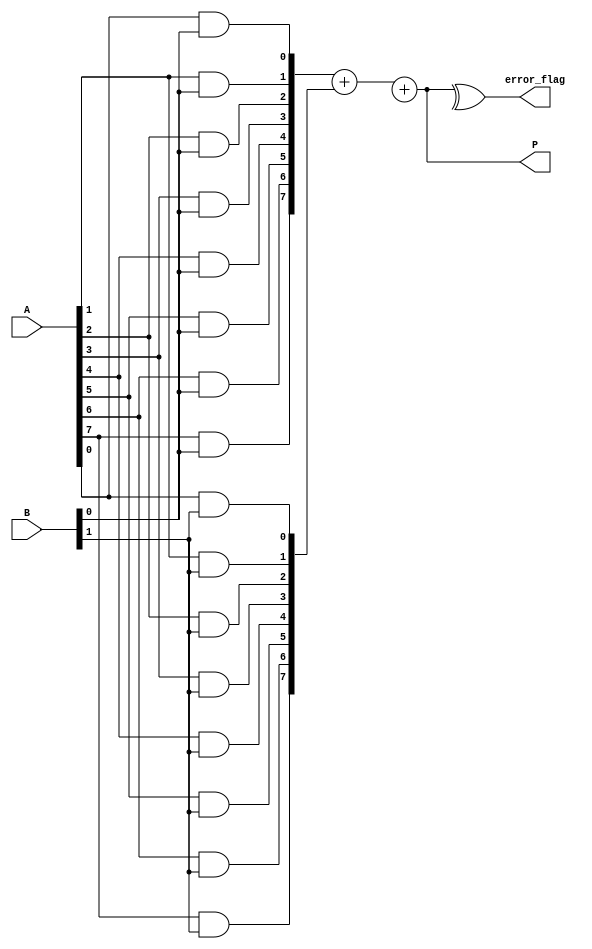
module Fault_Tolerant_Wallace_Tree_Multiplier #(
    parameter N = 8  // Bit width of the inputs
)(
    input [N-1:0] A, // First input
    input [N-1:0] B, // Second input
    output reg [2*N-1:0] P, // Product output
    output reg error_flag // Error detection flag
);

// Internal signals
wire [N-1:0] partial_products[N-1:0];
wire [2*N-1:0] sum_level1[N-1:0];
wire [2*N-1:0] sum_level2[N-1:0];
wire [2*N-1:0] final_sum;
wire [2*N-1:0] final_sum_TMR[2:0]; // TMR for final sum
wire [2*N-1:0] final_output;
wire [2*N-1:0] final_output_TMR[2:0]; // TMR for final output

// Generate partial products
genvar i, j;
generate
    for (i = 0; i < N; i = i + 1) begin : pp_gen
        for (j = 0; j < N; j = j + 1) begin
            assign partial_products[i][j] = A[j] & B[i];
        end
    end
endgenerate

// Wallace tree reduction (simplified for illustration)
generate
    for (i = 0; i < N; i = i + 1) begin : wallace_tree
        // First level of addition (pairwise)
        if (i % 2 == 0) begin
            assign sum_level1[i] = partial_products[i] + partial_products[i+1];
        end
    end
endgenerate

// Additional levels of reduction would go here...

// Final addition using redundant adders (TMR)
generate
    for (i = 0; i < 3; i = i + 1) begin : TMR_final
        assign final_output_TMR[i] = sum_level1[0] + sum_level1[1]; // Example of final addition
    end
endgenerate

// Majority voting for final output
always @(*) begin
    // Simple majority voting logic
    if ((final_output_TMR[0] == final_output_TMR[1]) || 
        (final_output_TMR[0] == final_output_TMR[2])) begin
        final_output = final_output_TMR[0];
    end else if ((final_output_TMR[1] == final_output_TMR[2])) begin
        final_output = final_output_TMR[1];
    end else begin
        final_output = final_output_TMR[0]; // Default case
    end
end

// Assign final output
always @(*) begin
    P = final_output;
    // Error detection logic (simple parity check)
    error_flag = ^P; // Simple parity for error detection
end

endmodule